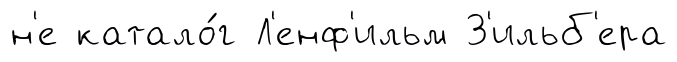
н'е катало́г Л'енф'ильм З'ильб'ера